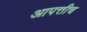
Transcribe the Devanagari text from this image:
आपत्तीच